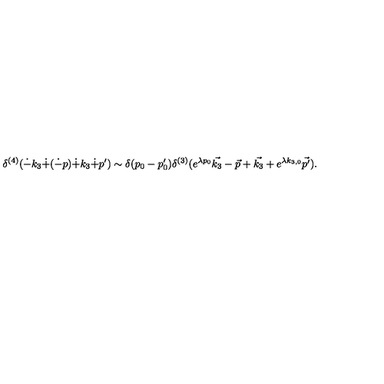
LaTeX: \delta ^ { ( 4 ) } ( \dot { - } k _ { 3 } \dot { + } ( \dot { - } p ) \dot { + } k _ { 3 } \dot { + } p ^ { \prime } ) \sim \delta ( p _ { 0 } - p _ { 0 } ^ { \prime } ) \delta ^ { ( 3 ) } ( e ^ { \lambda p _ { 0 } } \vec { k _ { 3 } } - \vec { p } + \vec { k _ { 3 } } + e ^ { \lambda k _ { 3 , 0 } } \vec { p ^ { \prime } } ) .